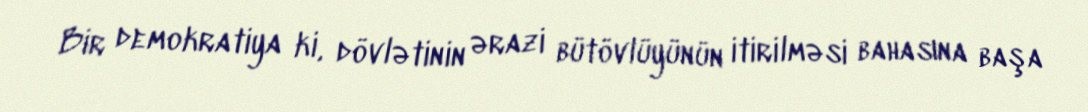
Bir demokratiya ki, dövlətinin ərazi bütövlüyünün itirilməsi bahasına başa